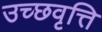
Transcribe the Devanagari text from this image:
उच्छवृत्ति